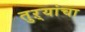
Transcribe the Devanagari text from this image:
तुऱ्यांचा